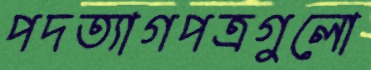
পদত্যাগপত্রগুলো